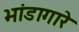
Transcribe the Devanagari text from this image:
भांडागारे